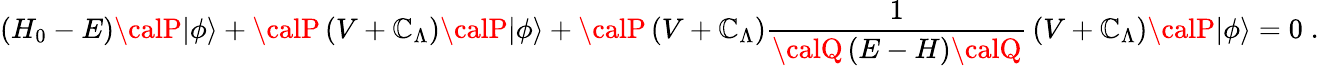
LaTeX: \left(H_{0}-E\right){\calP}|\phi\rangle+{\calP}\left(V+\mathbb{C}_{\Lambda}\right){\calP}|\phi\rangle+{\calP}\left(V+\mathbb{C}_{\Lambda}\right){\frac{{1}}{{{\calQ}\left(E-H\right){\calQ}}}}\left(V+\mathbb{C}_{\Lambda}\right){\calP}|\phi\rangle=0\; .